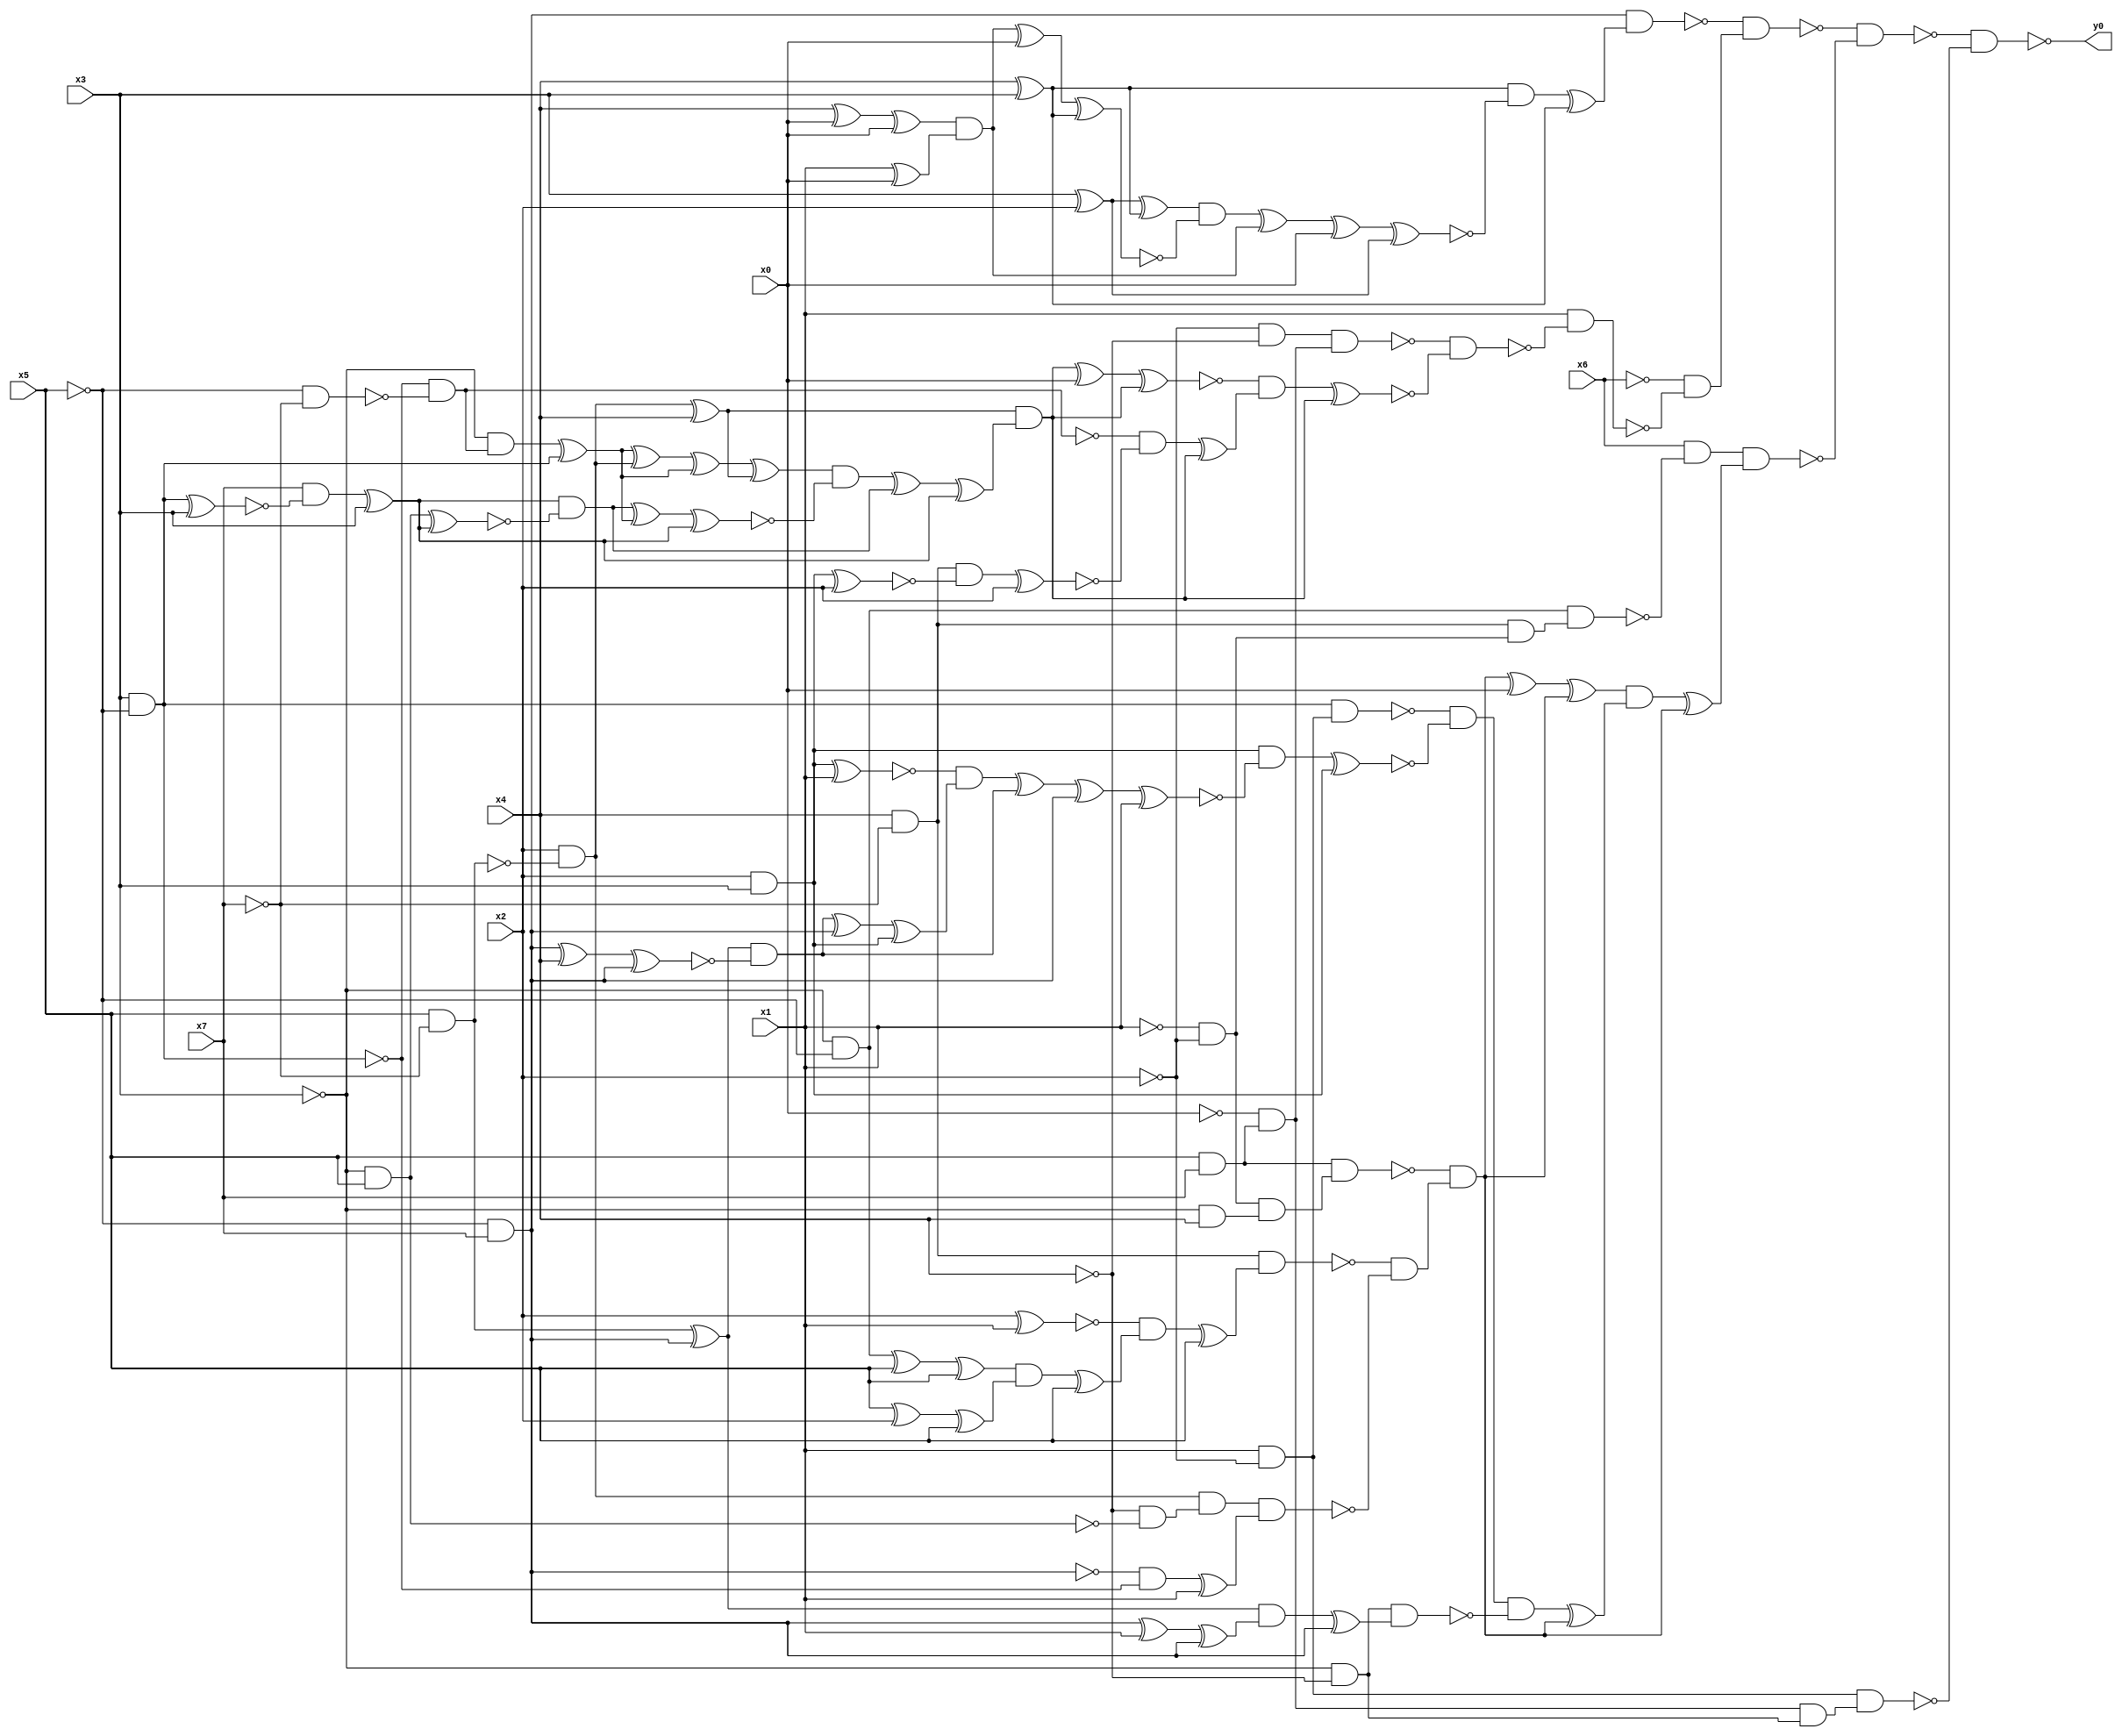
module top( x0 , x1 , x2 , x3 , x4 , x5 , x6 , x7 , y0 );
  input x0 , x1 , x2 , x3 , x4 , x5 , x6 , x7 ;
  output y0 ;
  wire n9 , n10 , n11 , n12 , n13 , n14 , n15 , n16 , n17 , n18 , n19 , n20 , n21 , n22 , n23 , n24 , n25 , n26 , n27 , n28 , n29 , n30 , n31 , n32 , n33 , n34 , n35 , n36 , n37 , n38 , n39 , n40 , n41 , n42 , n43 , n44 , n45 , n46 , n47 , n48 , n49 , n50 , n51 , n52 , n53 , n54 , n55 , n56 , n57 , n58 , n59 , n60 , n61 , n62 , n63 , n64 , n65 , n66 , n67 , n68 , n69 , n70 , n71 , n72 , n73 , n74 , n75 , n76 , n77 , n78 , n79 , n80 , n81 , n82 , n83 , n84 , n85 , n86 , n87 , n88 , n89 , n90 , n91 , n92 , n93 , n94 , n95 , n96 , n97 , n98 , n99 , n100 , n101 , n102 , n103 , n104 , n105 , n106 , n107 , n108 , n109 , n110 , n111 , n112 , n113 , n114 , n115 , n116 , n117 , n118 , n119 , n120 , n121 , n122 , n123 , n124 , n125 ;
  assign n9 = ~x5 & x7 ;
  assign n10 = x4 ^ x3 ;
  assign n11 = x3 ^ x2 ;
  assign n12 = n11 ^ n10 ;
  assign n13 = x4 ^ x0 ;
  assign n14 = n13 ^ x0 ;
  assign n15 = x1 ^ x0 ;
  assign n16 = n14 & n15 ;
  assign n17 = n16 ^ x0 ;
  assign n18 = n17 ^ n10 ;
  assign n19 = n12 & ~n18 ;
  assign n20 = n19 ^ n16 ;
  assign n21 = n20 ^ x0 ;
  assign n22 = n21 ^ n11 ;
  assign n23 = n10 & ~n22 ;
  assign n24 = n23 ^ n10 ;
  assign n25 = n9 & n24 ;
  assign n26 = ~x2 & ~x4 ;
  assign n27 = x5 & x7 ;
  assign n28 = ~x0 & n27 ;
  assign n29 = n26 & n28 ;
  assign n30 = x5 & ~x7 ;
  assign n31 = x2 & ~n30 ;
  assign n32 = n31 ^ x4 ;
  assign n33 = x3 & ~x5 ;
  assign n34 = ~x5 & ~x7 ;
  assign n35 = ~n33 & ~n34 ;
  assign n36 = ~x3 & n35 ;
  assign n37 = n36 ^ n33 ;
  assign n38 = n37 ^ n31 ;
  assign n39 = n38 ^ n37 ;
  assign n40 = n39 ^ n32 ;
  assign n41 = n33 ^ x3 ;
  assign n42 = x7 & ~n41 ;
  assign n43 = n42 ^ x3 ;
  assign n44 = ~x3 & x5 ;
  assign n45 = n44 ^ n43 ;
  assign n46 = n43 & ~n45 ;
  assign n47 = n46 ^ n37 ;
  assign n48 = n47 ^ n43 ;
  assign n49 = n40 & ~n48 ;
  assign n50 = n49 ^ n46 ;
  assign n51 = n50 ^ n43 ;
  assign n52 = n32 & n51 ;
  assign n53 = n52 ^ x0 ;
  assign n54 = n53 ^ n52 ;
  assign n55 = x4 & ~x7 ;
  assign n56 = x2 & x3 ;
  assign n57 = n56 ^ x2 ;
  assign n58 = n55 & ~n57 ;
  assign n59 = n58 ^ x2 ;
  assign n60 = ~n35 & ~n59 ;
  assign n61 = n60 ^ n52 ;
  assign n62 = ~n54 & n61 ;
  assign n63 = n62 ^ n52 ;
  assign n64 = ~n29 & ~n63 ;
  assign n65 = x1 & ~n64 ;
  assign n66 = ~x6 & ~n65 ;
  assign n67 = ~n25 & n66 ;
  assign n68 = ~x3 & ~x5 ;
  assign n69 = ~x1 & ~x2 ;
  assign n70 = n55 & n69 ;
  assign n71 = n68 & n70 ;
  assign n72 = x6 & ~n71 ;
  assign n73 = ~x3 & x4 ;
  assign n74 = n69 & n73 ;
  assign n75 = n27 & n74 ;
  assign n76 = x2 ^ x1 ;
  assign n77 = n68 ^ x5 ;
  assign n78 = n77 ^ x5 ;
  assign n79 = x5 ^ x2 ;
  assign n80 = n79 ^ x5 ;
  assign n81 = n78 & n80 ;
  assign n82 = n81 ^ x5 ;
  assign n83 = ~n76 & n82 ;
  assign n84 = n83 ^ x5 ;
  assign n85 = n55 & n84 ;
  assign n86 = ~x4 & ~n44 ;
  assign n87 = n31 & n86 ;
  assign n88 = ~n9 & ~n33 ;
  assign n89 = n88 ^ x1 ;
  assign n90 = n87 & n89 ;
  assign n91 = ~n85 & ~n90 ;
  assign n92 = ~n75 & n91 ;
  assign n93 = n92 ^ x0 ;
  assign n94 = n93 ^ n92 ;
  assign n95 = x1 & ~x2 ;
  assign n96 = n33 & n95 ;
  assign n97 = n56 ^ x1 ;
  assign n98 = n30 ^ n9 ;
  assign n99 = n9 ^ x4 ;
  assign n100 = n99 ^ n9 ;
  assign n101 = n98 & ~n100 ;
  assign n102 = n101 ^ n9 ;
  assign n103 = n102 ^ n56 ;
  assign n104 = ~n97 & n103 ;
  assign n105 = n104 ^ n101 ;
  assign n106 = n105 ^ n9 ;
  assign n107 = n106 ^ x1 ;
  assign n108 = n56 & ~n107 ;
  assign n109 = n108 ^ n56 ;
  assign n110 = ~n96 & ~n109 ;
  assign n111 = ~x3 & ~x4 ;
  assign n112 = n9 ^ x1 ;
  assign n113 = n112 ^ n9 ;
  assign n114 = n98 & n113 ;
  assign n115 = n114 ^ n9 ;
  assign n116 = n111 & n115 ;
  assign n117 = n110 & ~n116 ;
  assign n118 = n117 ^ n92 ;
  assign n119 = n94 & n118 ;
  assign n120 = n119 ^ n92 ;
  assign n121 = n72 & n120 ;
  assign n122 = ~n67 & ~n121 ;
  assign n123 = n28 & n111 ;
  assign n124 = n95 & n123 ;
  assign n125 = ~n122 & ~n124 ;
  assign y0 = ~n125 ;
endmodule